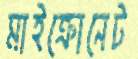
মাইক্রোনেট